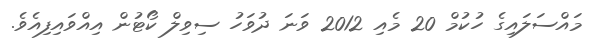
މައްސަލައިގެ ހުކުމް 20 މެއި 2012 ވަނަ ދުވަހު ސިވިލް ކޯޓުން އިއްވައިފިއެވެ.